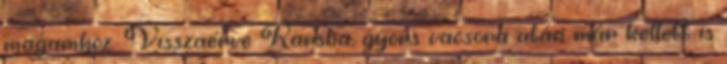
magamhoz. Visszaérve Karsba, gyors vacsora után már kellett is